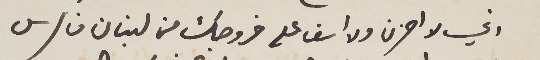
أي لا احزن ولا أسف عل خروجك من لبنان فارس